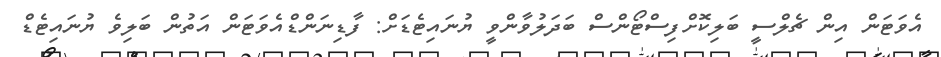
އެވަޓަން އިން ޗެލްސީ ބަލިކޮށްފިސްޓޯންސް ބަދަލުވާންވީ ޔުނައިޓެޑަށް: ފާޑިނަންޑްއެވަޓަން އަތުން ބަލިވެ ޔުނައިޓެޑް